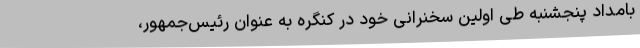
بامداد پنجشنبه طی اولین سخنرانی خود در کنگره به عنوان رئیس‌جمهور،